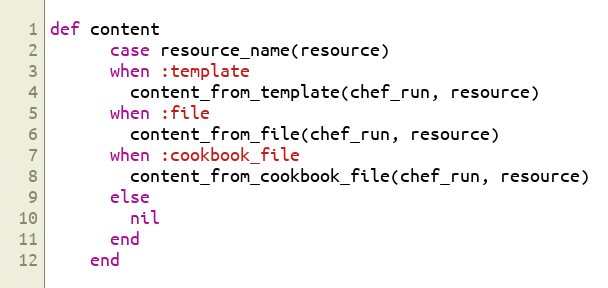
Language: Ruby
def content
      case resource_name(resource)
      when :template
        content_from_template(chef_run, resource)
      when :file
        content_from_file(chef_run, resource)
      when :cookbook_file
        content_from_cookbook_file(chef_run, resource)
      else
        nil
      end
    end